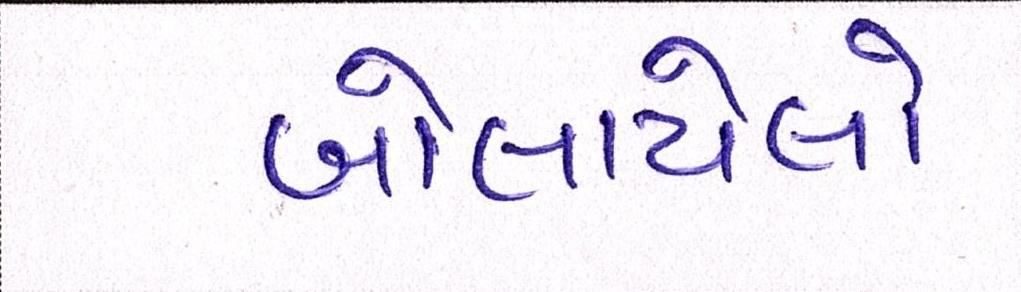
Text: બોલાયેલો